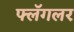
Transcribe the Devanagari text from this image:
फ्लॅगलर